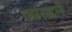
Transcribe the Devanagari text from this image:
व्याहने